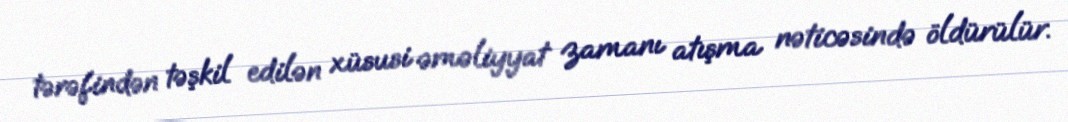
tərəfindən təşkil edilən xüsusi əməliyyat zamanı atışma nəticəsində öldürülür.